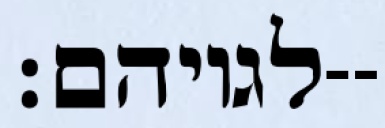
לגויהם׃--